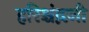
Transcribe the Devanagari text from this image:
हरिश्चंद्गजी